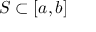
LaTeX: S \subset [ a , b ]